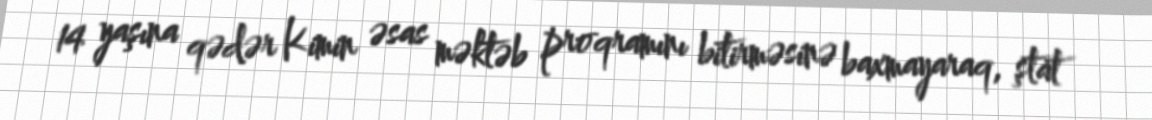
14 yaşına qədər Kimin əsas məktəb proqramını bitirməsinə baxmayaraq, ştat